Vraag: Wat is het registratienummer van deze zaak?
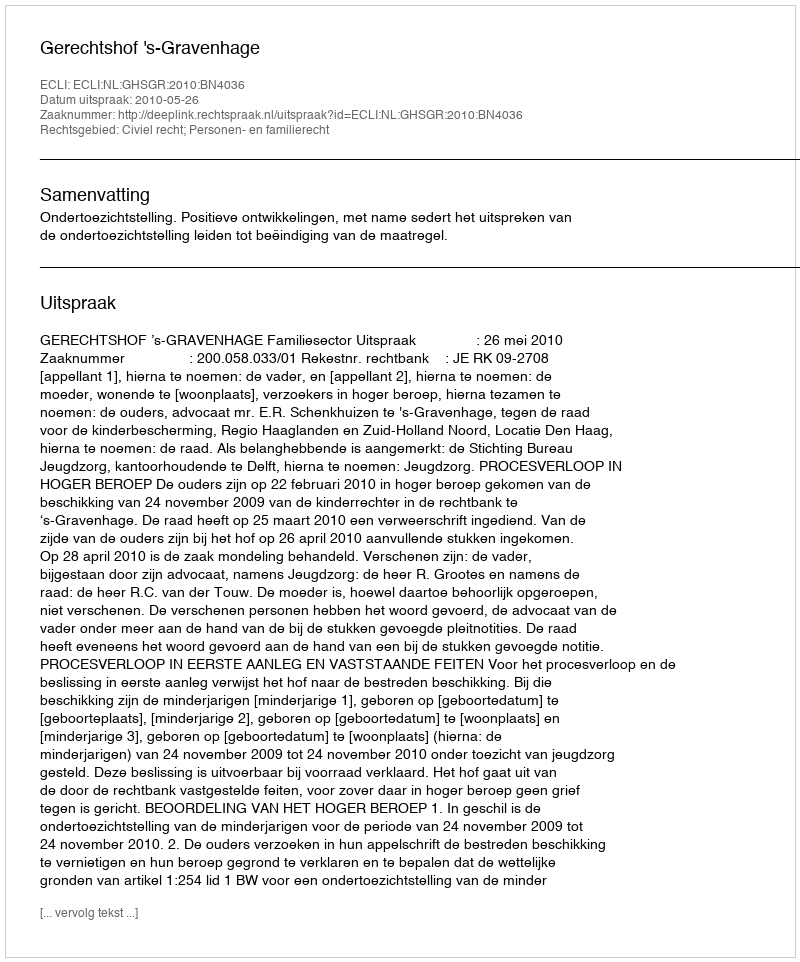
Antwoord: http://deeplink.rechtspraak.nl/uitspraak?id=ECLI:NL:GHSGR:2010:BN4036